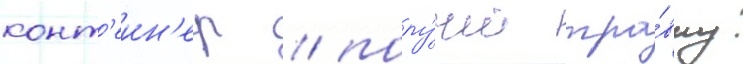
конт'еин'ер / полу́чит тра́вму